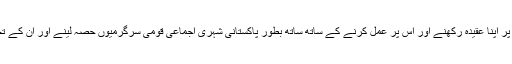
(2) اقلیتوں کو آزادانہ طور پر اپنا عقیدہ رکھنے اور اس پر عمل کرنے کے ساتھ ساتھ بطور پاکستانی شہری اجماعی قومی سرگرمیوں حصہ لینے اور ان کے تحفظ کو یقینی بنایا جائے گا۔